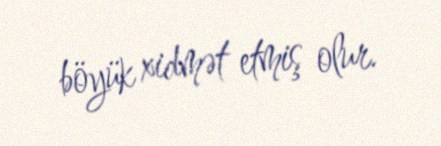
böyük xidmət etmiş olur.